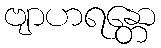
ဗျာဟရန္တော